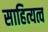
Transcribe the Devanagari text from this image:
साहित्यत्व